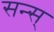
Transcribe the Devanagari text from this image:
सन्स्